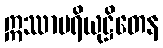
ဣဿာပရိယုဋ္ဌိတေန